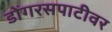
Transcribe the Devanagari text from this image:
डोंगरसपाटीवर